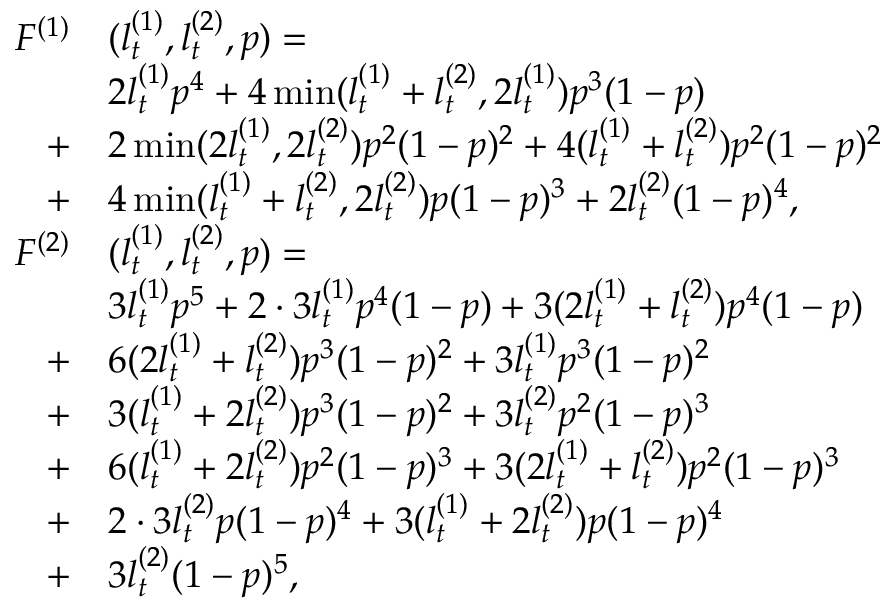
\begin{array} { r l } { F ^ { ( 1 ) } } & { ( l _ { t } ^ { ( 1 ) } , l _ { t } ^ { ( 2 ) } , p ) = } \\ & { 2 l _ { t } ^ { ( 1 ) } p ^ { 4 } + 4 \operatorname* { m i n } ( l _ { t } ^ { ( 1 ) } + l _ { t } ^ { ( 2 ) } , 2 l _ { t } ^ { ( 1 ) } ) p ^ { 3 } ( 1 - p ) } \\ { + } & { 2 \operatorname* { m i n } ( 2 l _ { t } ^ { ( 1 ) } , 2 l _ { t } ^ { ( 2 ) } ) p ^ { 2 } ( 1 - p ) ^ { 2 } + 4 ( l _ { t } ^ { ( 1 ) } + l _ { t } ^ { ( 2 ) } ) p ^ { 2 } ( 1 - p ) ^ { 2 } } \\ { + } & { 4 \operatorname* { m i n } ( l _ { t } ^ { ( 1 ) } + l _ { t } ^ { ( 2 ) } , 2 l _ { t } ^ { ( 2 ) } ) p ( 1 - p ) ^ { 3 } + 2 l _ { t } ^ { ( 2 ) } ( 1 - p ) ^ { 4 } , } \\ { F ^ { ( 2 ) } } & { ( l _ { t } ^ { ( 1 ) } , l _ { t } ^ { ( 2 ) } , p ) = } \\ & { 3 l _ { t } ^ { ( 1 ) } p ^ { 5 } + 2 \cdot 3 l _ { t } ^ { ( 1 ) } p ^ { 4 } ( 1 - p ) + 3 ( 2 l _ { t } ^ { ( 1 ) } + l _ { t } ^ { ( 2 ) } ) p ^ { 4 } ( 1 - p ) } \\ { + } & { 6 ( 2 l _ { t } ^ { ( 1 ) } + l _ { t } ^ { ( 2 ) } ) p ^ { 3 } ( 1 - p ) ^ { 2 } + 3 l _ { t } ^ { ( 1 ) } p ^ { 3 } ( 1 - p ) ^ { 2 } } \\ { + } & { 3 ( l _ { t } ^ { ( 1 ) } + 2 l _ { t } ^ { ( 2 ) } ) p ^ { 3 } ( 1 - p ) ^ { 2 } + 3 l _ { t } ^ { ( 2 ) } p ^ { 2 } ( 1 - p ) ^ { 3 } } \\ { + } & { 6 ( l _ { t } ^ { ( 1 ) } + 2 l _ { t } ^ { ( 2 ) } ) p ^ { 2 } ( 1 - p ) ^ { 3 } + 3 ( 2 l _ { t } ^ { ( 1 ) } + l _ { t } ^ { ( 2 ) } ) p ^ { 2 } ( 1 - p ) ^ { 3 } } \\ { + } & { 2 \cdot 3 l _ { t } ^ { ( 2 ) } p ( 1 - p ) ^ { 4 } + 3 ( l _ { t } ^ { ( 1 ) } + 2 l _ { t } ^ { ( 2 ) } ) p ( 1 - p ) ^ { 4 } } \\ { + } & { 3 l _ { t } ^ { ( 2 ) } ( 1 - p ) ^ { 5 } , } \end{array}